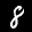
Label: 8